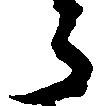
々